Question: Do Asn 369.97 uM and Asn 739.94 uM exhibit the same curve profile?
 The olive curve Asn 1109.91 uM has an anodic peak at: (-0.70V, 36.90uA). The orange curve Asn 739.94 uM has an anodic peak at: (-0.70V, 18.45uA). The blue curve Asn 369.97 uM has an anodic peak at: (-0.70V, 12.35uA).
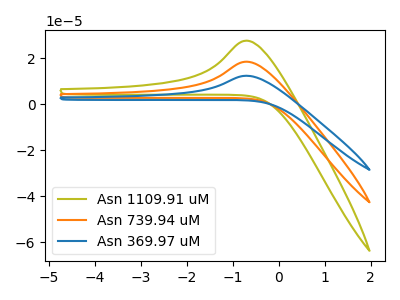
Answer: <think>All the peaks in "Asn 369.97 uM" have a peak in "Asn 739.94 uM" at the same potential. Every peak in "Asn 369.97 uM" is lower than every peak in "Asn 739.94 uM".
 </think>
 <answer>"Asn 369.97 uM" and "Asn 739.94 uM" are similar in shape.</answer>
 <eval>same_shape</eval>